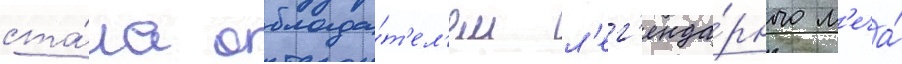
ста́ла облада́т'ел'ем л'ег'енда́рного м'еча́